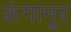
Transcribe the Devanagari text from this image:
कंगानूर